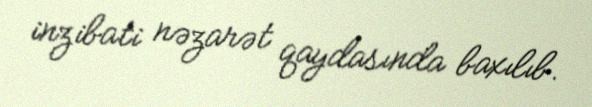
inzibati nəzarət qaydasında baxılıb.